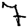
Digit: 7